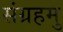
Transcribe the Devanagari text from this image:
संग्रहमु